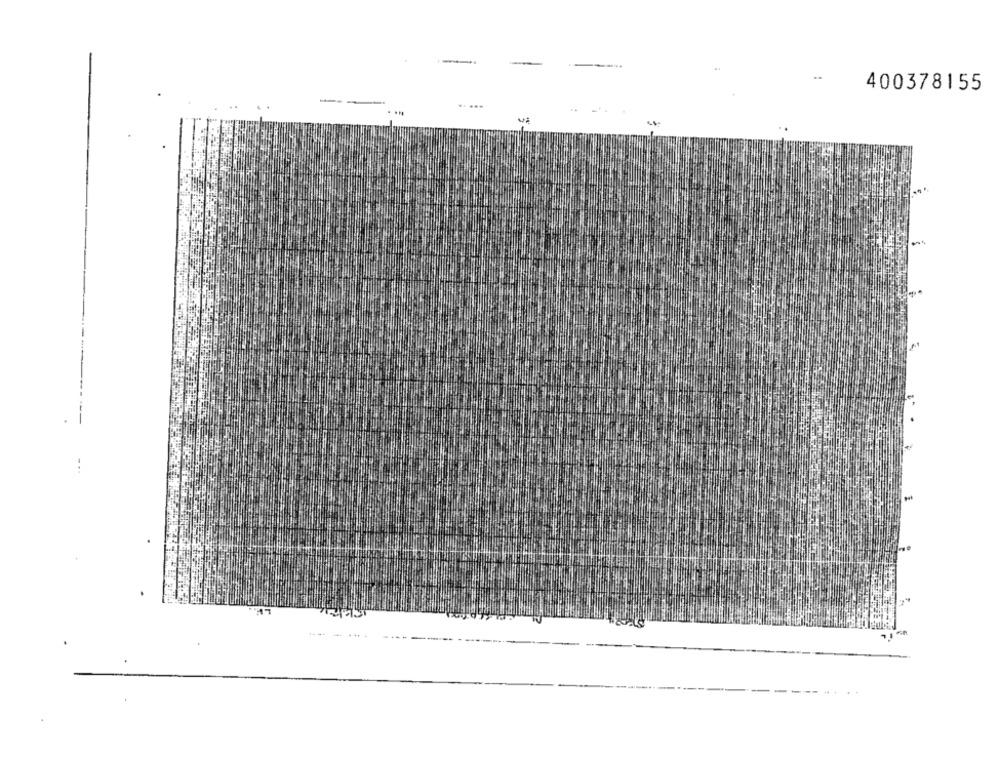
400378155
---